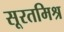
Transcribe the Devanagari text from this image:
सूरतमिश्र